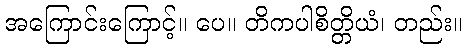
အကြောင်းကြောင့်။ ပေ။ တိကပါစိတ္တိယံ၊ တည်း။